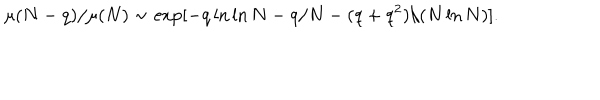
\mu ( N - q ) / \mu ( N ) \sim \exp [ - q \ln \ln N - q / N - ( q + q ^ { 2 } ) / ( N \ln N ) ] .